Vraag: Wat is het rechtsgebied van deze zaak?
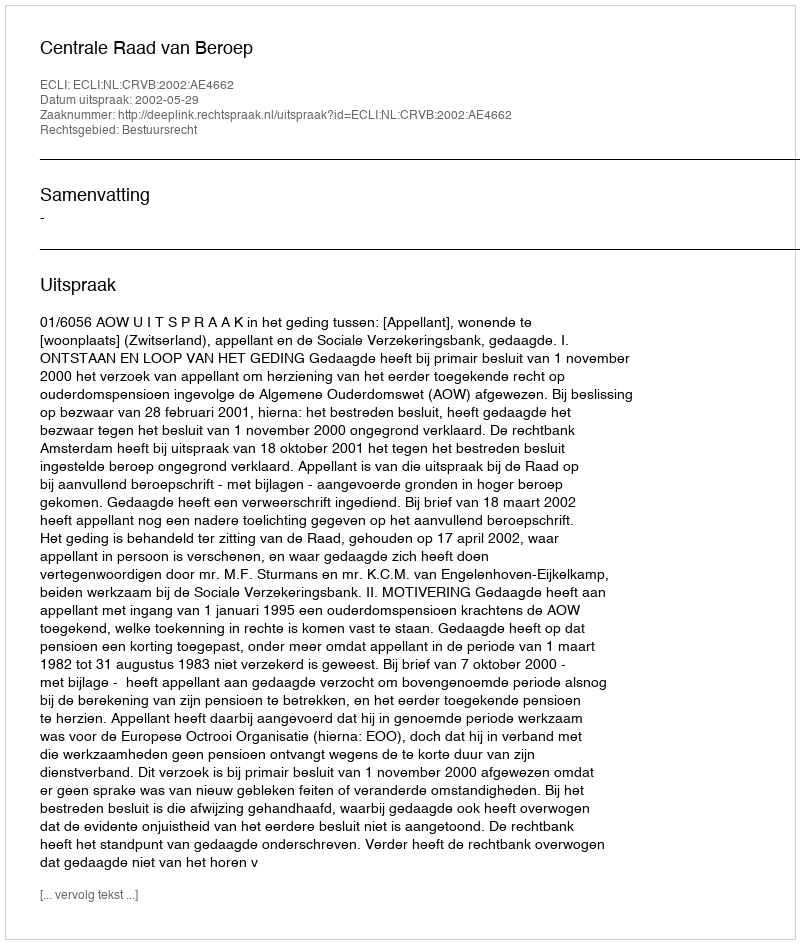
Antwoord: Bestuursrecht